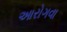
આરોગવા